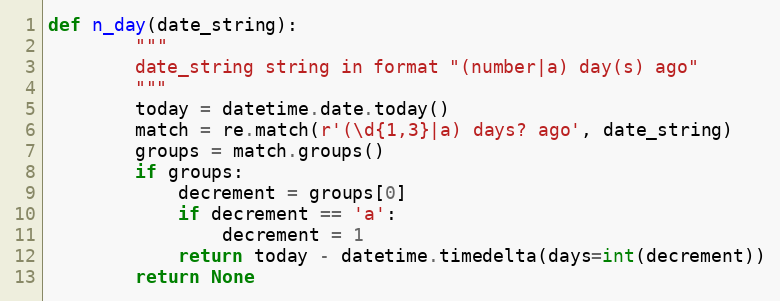
Language: Python
def n_day(date_string):
        """
        date_string string in format "(number|a) day(s) ago"
        """
        today = datetime.date.today()
        match = re.match(r'(\d{1,3}|a) days? ago', date_string)
        groups = match.groups()
        if groups:
            decrement = groups[0]
            if decrement == 'a':
                decrement = 1
            return today - datetime.timedelta(days=int(decrement))
        return None